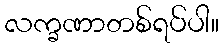
လက္ခဏာတစ်ရပ်ပါ။